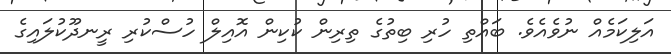
އަލިކަމެއް ނުވެއެވެ. ބައްތި ހުރި ބިތުގެ ތިރިން ކުކިން އޮއިލް ހުސްކުރި ރީނދޫކުލައިގެ